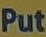
Put